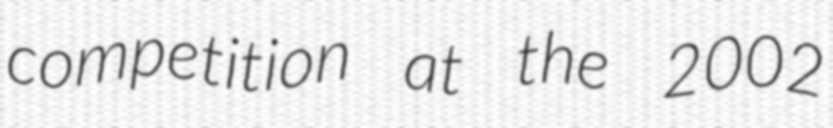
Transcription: competition at the 2002